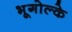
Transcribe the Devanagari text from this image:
भूगोल्के